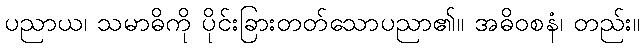
ပညာယ၊ သမာဓိကို ပိုင်းခြားတတ်သောပညာ၏။ အဓိဝစနံ၊ တည်း။